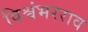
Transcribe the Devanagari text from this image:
विश्वंभरराव